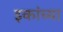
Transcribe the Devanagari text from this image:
इकांच्या